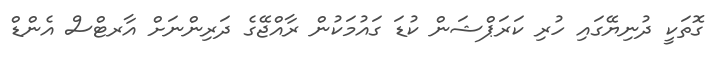
ގޮތަކީ ދުނިޔޭގައި ހުރި ކަރަޕްޝަން ކުޑަ ގައުމަކުން ރާއްޖޭގެ ދަރިންނަށް އާރޓްސް އެންޑް